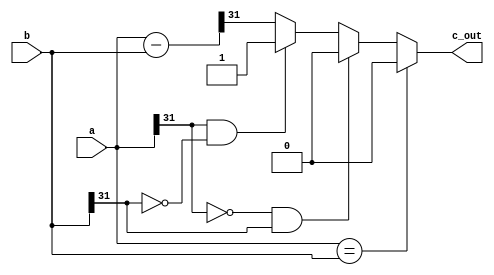
`timescale 1ns / 1ps
//////////////////////////////////////////////////////////////////////////////////
// Company: 
// Engineer: 
// 
// Design Name: 
// Module Name: Nbit_SLT
// Project Name: 
// Target Devices: 
// Tool Versions: 
// Description: 
// 
// Dependencies: 
// 
// Revision:
// Revision 0.01 - File Created
// Additional Comments:
// 
//////////////////////////////////////////////////////////////////////////////////


module Nbit_SLT#(parameter N = 32)(a,b,c_out);
    input [N-1:0] a;
    input [N-1:0] b;
    output reg c_out;

    wire [N-1:0] d;
    
    assign d = a - b; 
    
    always @(*) begin
        if (a == b) // a and b is same 
            c_out <= 1'b0;
        else if(a[N-1] == 0 && b[N-1] == 1) // a is pos. and b is neg.
            c_out <= 1'b0;
        else if(a[N-1] == 1 && b[N-1] == 0) // b is pos and a is neg.
            c_out <= 1'b1;
        else    // a and b be the same size 
            c_out <= d[N-1]; //grabbing from msb
    end 
endmodule